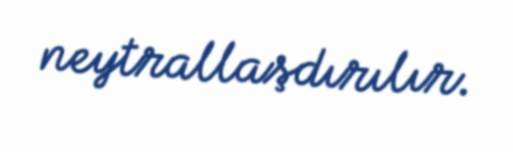
neytrallaşdırılır.